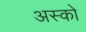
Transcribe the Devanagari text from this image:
अस्को